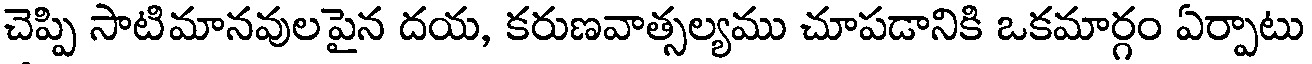
చెప్పి సాటిమానవులపైన దయ, కరుణవాత్సల్యము చూపడానికి ఒకమార్గం ఏర్పాటు